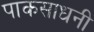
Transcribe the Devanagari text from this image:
पाकसाधनी